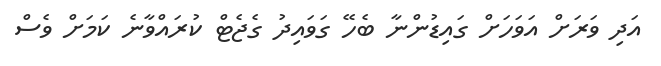
އަދި ވަރަށް އަވަހަށް ގައިޑުންނާ ބެހޭ ގަވައިދު ގެޖެޓް ކުރައްވާނެ ކަމަށް ވެސް